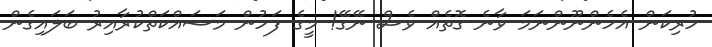
ހުރިކަން އެހެންނޫންނަމަ ވާނެ ގޮތެއް ވެސް ނޭގޭ! މީގެ ފަހުން މަސައްކަތްކުރާއިރު ބަލައިގެން